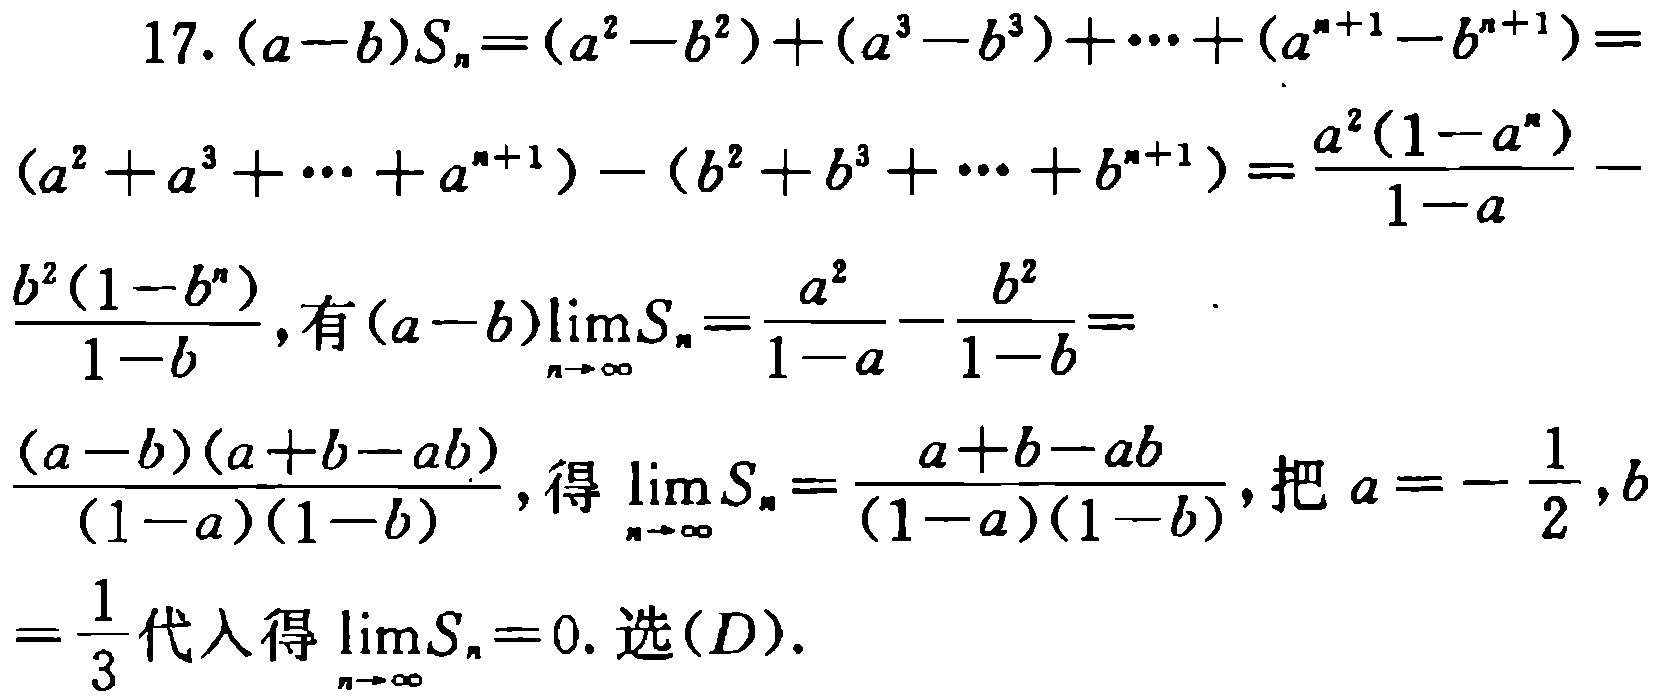
\begin{align*}

17.\ (a - b)S_n&=(a^2 - b^2)+(a^3 - b^3)+\cdots+(a^{n + 1}-b^{n + 1})\\

&=(a^2 + a^3+\cdots+a^{n + 1})-(b^2 + b^3+\cdots+b^{n + 1})=\frac{a^2(1 - a^n)}{1 - a}-\frac{b^2(1 - b^n)}{1 - b}\\

\text{有 }(a - b)\lim_{n\rightarrow\infty}S_n&=\frac{a^2}{1 - a}-\frac{b^2}{1 - b}=\frac{(a - b)(a + b - ab)}{(1 - a)(1 - b)}\\

\text{得 }\lim_{n\rightarrow\infty}S_n&=\frac{a + b - ab}{(1 - a)(1 - b)}\\

\text{把 }a = -\frac{1}{2},b=\frac{1}{3}\text{ 代入得 }\lim_{n\rightarrow\infty}S_n&=0.\text{ 选}(D).

\end{align*}